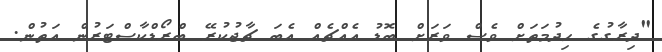
"ދިރާގުގެ ހިދުމަތަށް ވެސް ވަރަށް ބޮޑު އެއްޗެއް އެބަ ޗާޖުކުރޭ ބްރޯޑްކާސްޓަރުން އަތުން.